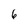
Character: 6